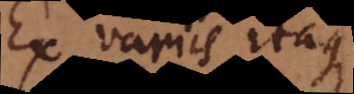
Ex variis itaque